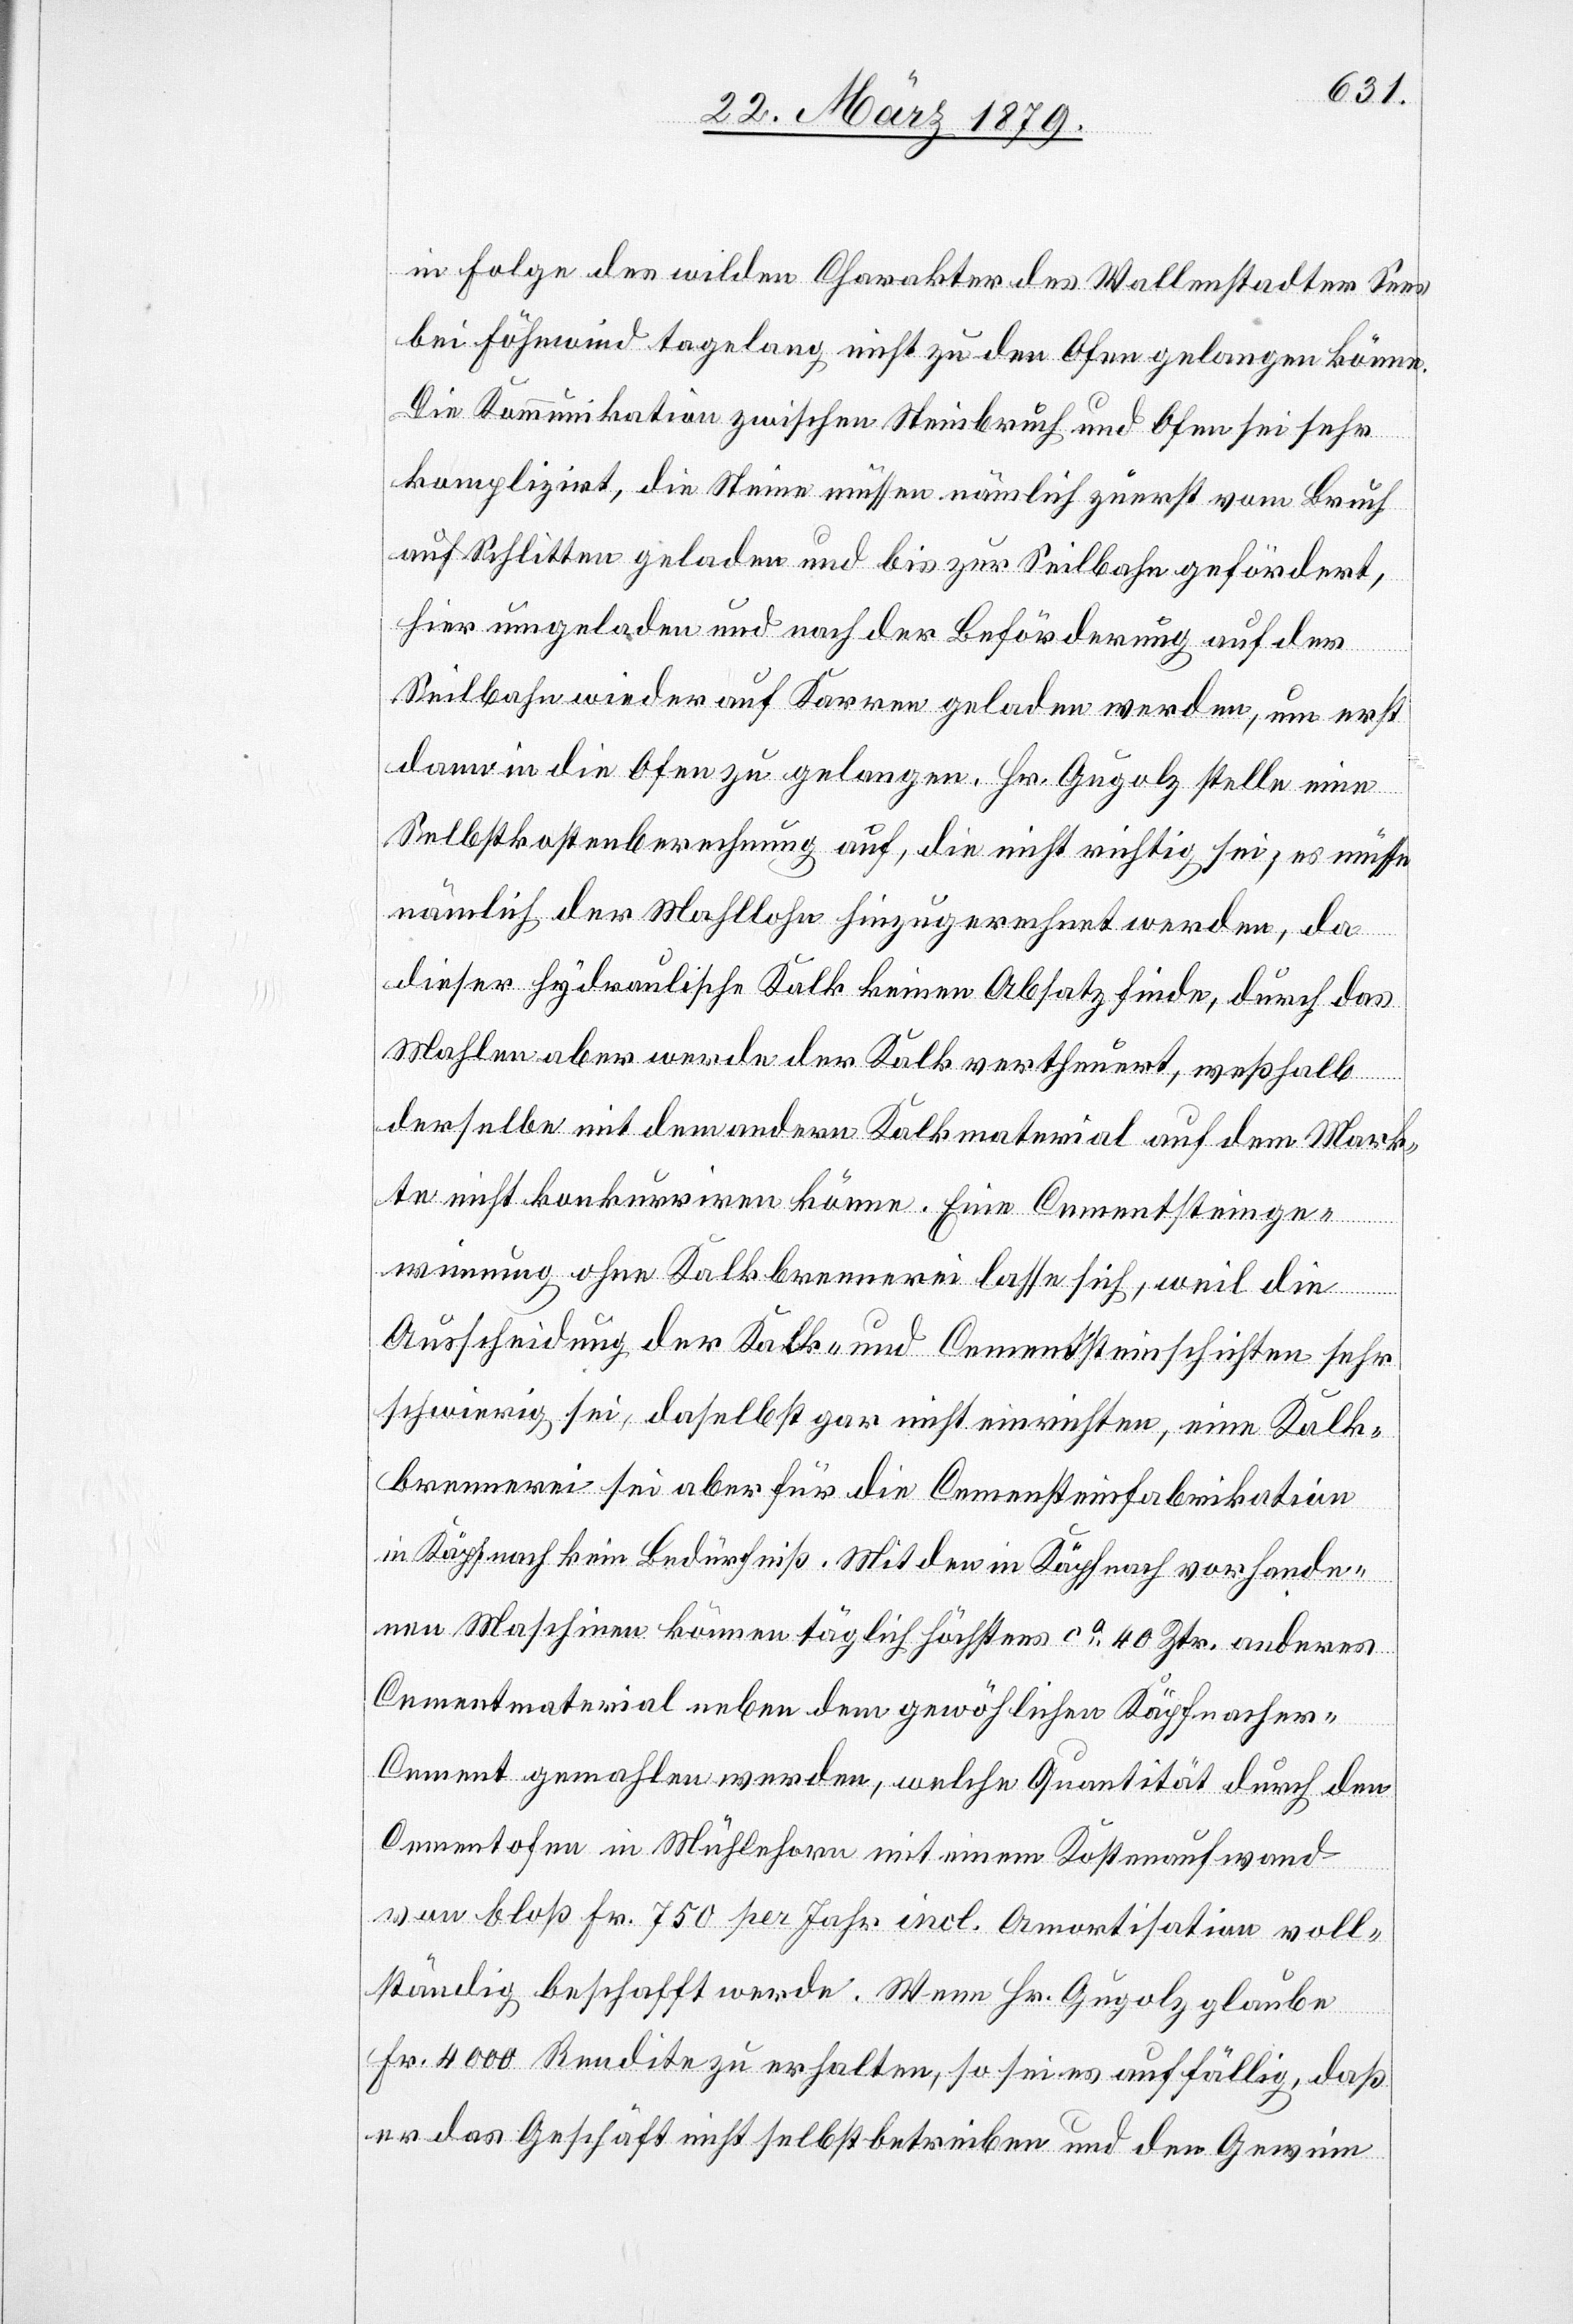
in Folge des wilden Charakter [sic!] des Wallenstadter Sees
bei Föhnwind tagelang nicht zu den Ofen gelangen könne.
Die Kommunikation zwischen Steinbruch und Ofen sei sehr
kompliziert, die Steine müssen nämlich zuerst vom Bruch
auf Schlitten geladen und bis zur Seilbahn gefördert,
hier umgeladen und nach der Beförderung auf der
Seilbahn wieder auf Karren geladen werden, um erst
dann in die Ofen zu gelangen. Hr. Gugolz stelle eine
Selbstkostenberechnung auf, die nicht richtig sei; es müsse
nämlich der Mahllohn hinzugerechnet werden, da
dieser hydraulische Kalk keinen Absatz finde, durch das
Mahlen aber werde der Kalk vertheuert, weßhalb
derselbe mit dem andern Kalkmaterial auf dem Mark¬
te nicht konkurriren könne. Eine Cementsteinge¬
winnung ohne Kalkbrennerei lasse sich, weil die
Ausscheidung der Kalk- und Cementsteinschichten sehr
schwierig sei, daselbst nicht einrichten, eine Kalk¬
brennerei sei aber für die Cementsteinfabrikation
in Käpfnach kein Bedürfniß. Mit den in Käpfnach vorhande¬
nen Maschinen können täglich höchstens ca 40 Ztr. anderes
Cementmaterial neben dem gewöhnlichen Käpfnacher-C¬
ement gemahlen werden, welche Quantität durch den
Cementofen in Mühlehorn mit einem Kostenaufwand
von bloß Fr. 750 per Jahr incl. Amortisation voll¬
ständig beschafft werde. Wenn Hr. Gugolz glaube
Fr. 4000 Rendite zu erhalten, so sei es auffällig, daß
er das Geschäft nicht selbst betreiben und den Gewinn